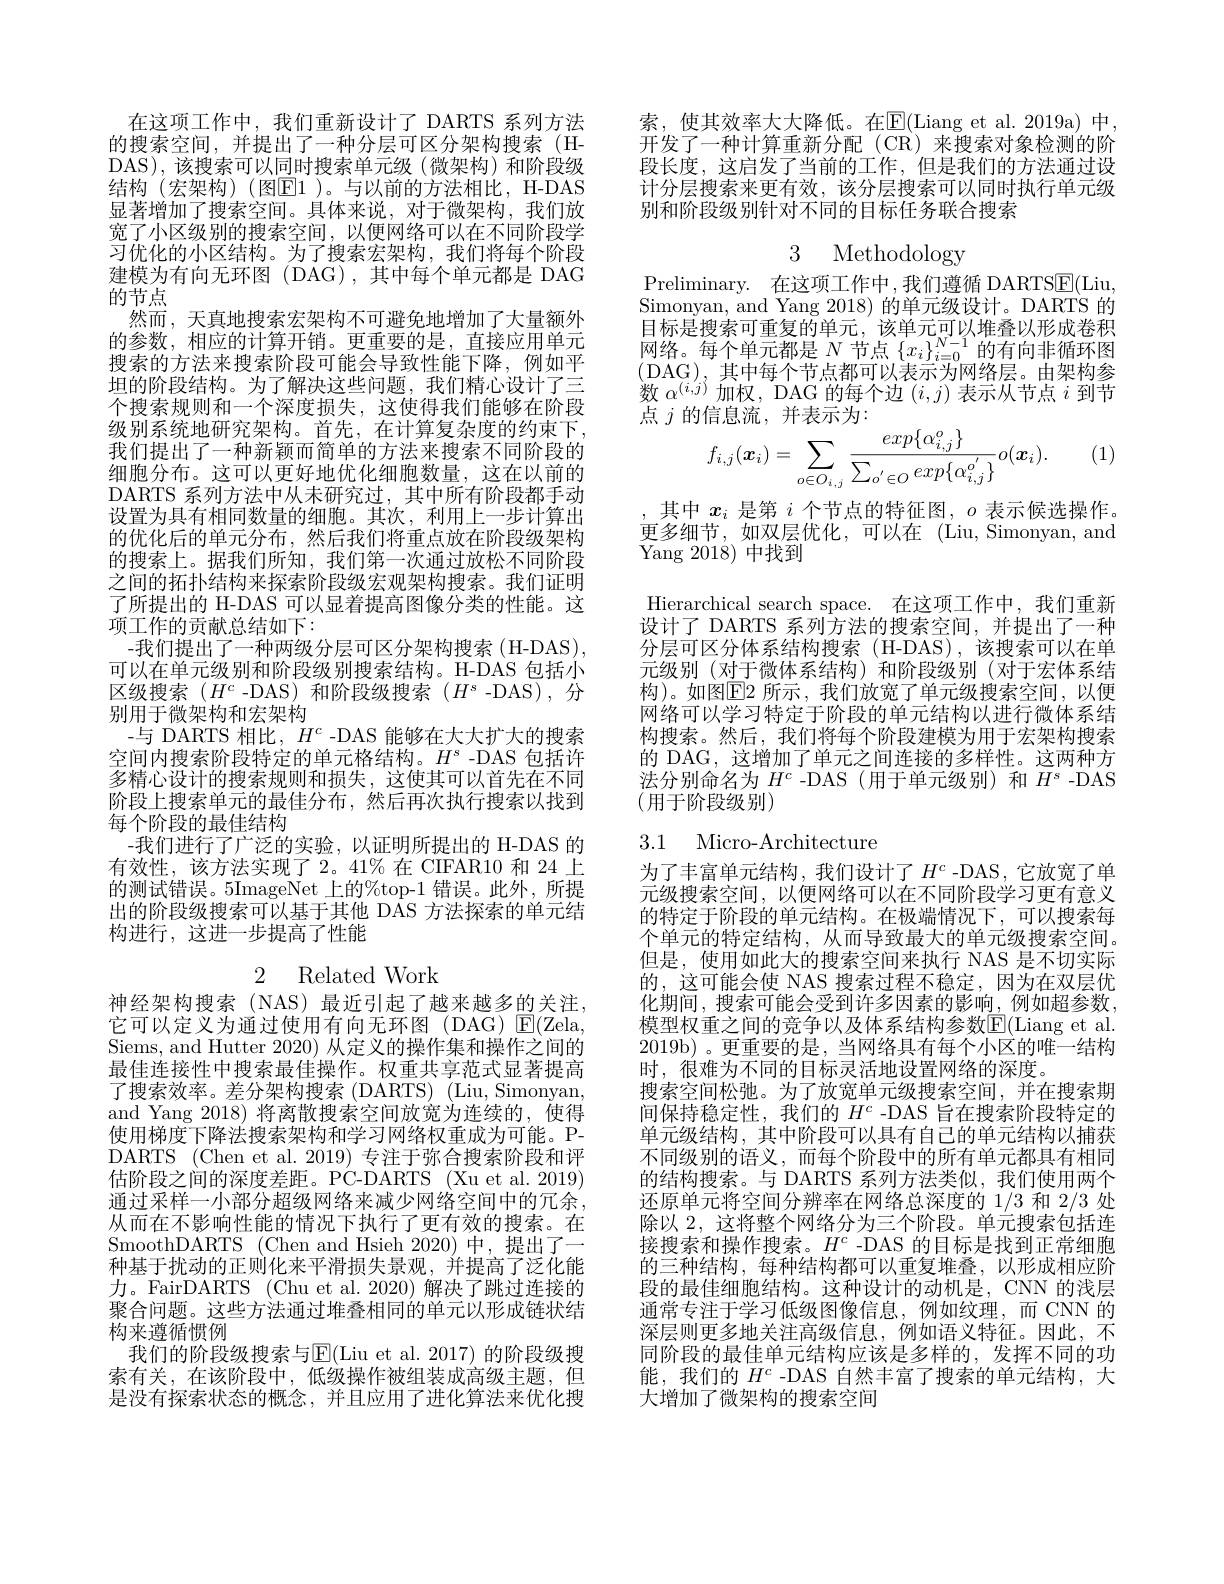
在这项工作中，我们重新设计了 DARTS 系列方法的搜索空间，并提出了一种分层可区分架构搜索(HDAS),该搜索可以同时搜索单元级(微架构)和阶段级结构(宏架构)(图E1)。与以前的方法相比，H-DAS 显著增加了搜索空间。具体来说，对于微架构，我们放宽了小区级别的搜索空间，以便网络可以在不同阶段学习优化的小区结构。为了搜索宏架构，我们将每个阶段建模为有向无环图(DAG),其中每个单元都是 DAG 的节点
然而，天真地搜索宏架构不可避免地增加了大量额外的参数，相应的计算开销。更重要的是，直接应用单元搜索的方法来搜索阶段可能会导致性能下降，例如平坦的阶段结构。为了解决这些问题，我们精心设计了三个搜索规则和一个深度损失，这使得我们能够在阶段级别系统地研究架构。首先，在计算复杂度的约束下， 我们提出了一种新颖而简单的方法来搜索不同阶段的细胞分布。这可以更好地优化细胞数量，这在以前的DARTS 系列方法中从未研究过，其中所有阶段都手动设置为具有相同数量的细胞。其次，利用上一步计算出的优化后的单元分布，然后我们将重点放在阶段级架构的搜索上。据我们所知，我们第一次通过放松不同阶段之间的拓扑结构来探索阶段级宏观架构搜索。我们证明了所提出的 H-DAS 可以显着提高图像分类的性能。这项工作的贡献总结如下：
-我们提出了一种两级分层可区分架构搜索(H-DAS), 可以在单元级别和阶段级别搜索结构。H-DAS 包括小区级搜索$(H^{c}$ -DAS)和阶段级搜索$(H^{s}$ -DAS),分别用于微架构和宏架构
-与 DARTS 相比，$H^c$ -DAS 能够在大大扩大的搜索空间内搜索阶段特定的单元格结构。$H^s$ -DAS 包括许多精心设计的搜索规则和损失，这使其可以首先在不同阶段上搜索单元的最佳分布，然后再次执行搜索以找到每个阶段的最佳结构
-我们进行了广泛的实验，以证明所提出的 H-DAS 的有效性，该方法实现了 2。41%在 CIFAR10 和 24 上的测试错误。5ImageNet 上的%top-1 错误。此外，所提出的阶段级搜索可以基于其他 DAS 方法探索的单元结构进行，这进一步提高了性能
2 Related Work

神经架构搜索(NAS)最近引起了越来越多的关注， 它可以定义为通过使用有向无环图(DAG)E(Zela, Siems, and Hutter 2020) 从定义的操作集和操作之间的最佳连接性中搜索最佳操作。权重共享范式显著提高了搜索效率。差分架构搜索(DARTS) (Liu, Simonyan, and Yang 2018) 将离散搜索空间放宽为连续的，使得使用梯度下降法搜索架构和学习网络权重成为可能。PDARTS (Chen et al. 2019) 专注于弥合搜索阶段和评估阶段之间的深度差距。PC-DARTS (Xu et al. 2019) 通过采样一小部分超级网络来减少网络空间中的冗余， 从而在不影响性能的情况下执行了更有效的搜索。在SmoothDARTS (Chen and Hsieh 2020)中，提出了一种基于扰动的正则化来平滑损失景观，并提高了泛化能力。FairDARTS (Chu et al. 2020) 解决了跳过连接的聚合问题。这些方法通过堆叠相同的单元以形成链状结构来遵循惯例
我们的阶段级搜索与$\operatorname{E}($Liu et al. 2017) 的阶段级搜索有关，在该阶段中，低级操作被组装成高级主题，但是没有探索状态的概念，并且应用了进化算法来优化搜

索，使其效率大大降低。在$\mathbb{E}($Liang et al.2019a)中， 开发了一种计算重新分配(CR)来搜索对象检测的阶段长度，这启发了当前的工作，但是我们的方法通过设计分层搜索来更有效，该分层搜索可以同时执行单元级别和阶段级别针对不同的目标任务联合搜索

3 Methodology

Preliminary. 在这项工作中，我们遵循 DARTS$\boxed{\mathrm{E}}($Liu, Simonyan, and Yang 2018) 的单元级设计。DARTS 的目标是搜索可重复的单元，该单元可以堆叠以形成卷积网络。每个单元都是$N$节点$\{x_i\}_i=0^{N-1}$的有向非循环图(DAG),其中每个节点都可以表示为网络层。由架构参数$\alpha^{(i,j)}$加权，DAG 的每个边$(i,j)$表示从节点$i$到节点$j$的信息流，并表示为：
$$f_{i,j}(\boldsymbol{x}_{i})=\sum_{o\in O_{i,j}}\frac{exp\{\alpha_{i,j}^{o}\}}{\sum_{o^{'}\in O}exp\{\alpha_{i,j}^{o^{'}}\}}o(\boldsymbol{x}_{i}).$$
(1)

,其中$x_i$是第$i$个节点的特征图，$o$表示候选操作。更多细节，如双层优化，可以在(Liu,Simonyan,and Yang 2018)中找到

Hierarchical search space. 在这项工作中，我们重新设计了 DARTS 系列方法的搜索空间，并提出了一种分层可区分体系结构搜索(H-DAS),该搜索可以在单元级别 (对于微体系结构) 和阶段级别 (对于宏体系结构)。如图$\boxed{\mathrm{E}}$2 所示，我们放宽了单元级搜索空间，以便网络可以学习特定于阶段的单元结构以进行微体系结构搜索。然后，我们将每个阶段建模为用于宏架构搜索的 DAG, 这增加了单元之间连接的多样性。这两种方法分别命名为$H^c$ -DAS (用于单元级别)和$H^s$ -DAS (用于阶段级别)

# 3.1 Micro-Architecture

为了丰富单元结构，我们设计了$H^c$-DAS,它放宽了单元级搜索空间，以便网络可以在不同阶段学习更有意义的特定于阶段的单元结构。在极端情况下，可以搜索每个单元的特定结构，从而导致最大的单元级搜索空间。但是，使用如此大的搜索空间来执行 NAS 是不切实际的，这可能会使 NAS 搜索过程不稳定，因为在双层优化期间，搜索可能会受到许多因素的影响，例如超参数， 模型权重之间的竞争以及体系结构参数$\overline{\mathrm{E}}($Liang et al. 2019b)。更重要的是，当网络具有每个小区的唯一结构时，很难为不同的目标灵活地设置网络的深度。
搜索空间松弛。为了放宽单元级搜索空间，并在搜索期间保持稳定性，我们的$H^c$ -DAS 旨在搜索阶段特定的单元级结构，其中阶段可以具有自己的单元结构以捕获不同级别的语义，而每个阶段中的所有单元都具有相同的结构搜索。与 DARTS 系列方法类似，我们使用两个还原单元将空间分辨率在网络总深度的 1/3 和 2/3 处除以 2, 这将整个网络分为三个阶段。单元搜索包括连接搜索和操作搜索。$H^c$ -DAS 的目标是找到正常细胞的三种结构，每种结构都可以重复堆叠，以形成相应阶段的最佳细胞结构。这种设计的动机是，CNN 的浅层通常专注于学习低级图像信息，例如纹理，而 CNN 的深层则更多地关注高级信息，例如语义特征。因此，不同阶段的最佳单元结构应该是多样的，发挥不同的功能，我们的$H^c$ -DAS 自然丰富了搜索的单元结构，大大增加了微架构的搜索空间